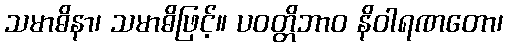
သမာဓိနာ၊ သမာဓိဖြင့်။ ပဝတ္တိဘာဝ နိဝါရဏတော၊